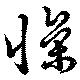
懆